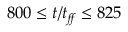
8 0 0 \leq t / t _ { \! f \! \! f } \leq 8 2 5